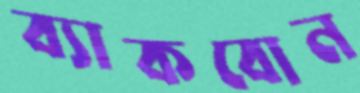
ব্যাকবোন